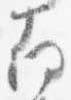
南